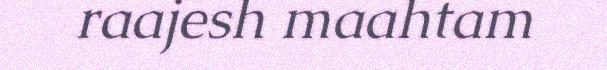
raajesh maahtam